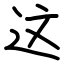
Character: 这